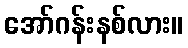
အော်ဂန်းနစ်လား။